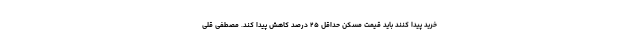
خرید پیدا کنند باید قیمت مسکن حداقل ۲۵ درصد کاهش پیدا کند. مصطفی قلی